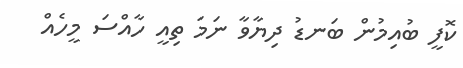
ކޮފީ ބުއިމުން ބަނޑު ދިޔާވާ ނަމަ ތިއީ ހާއްސަ މީހެއް